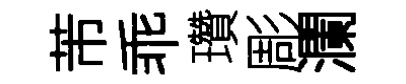
芾乖瓚彫瀾